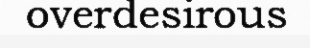
overdesirous